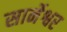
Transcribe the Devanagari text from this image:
सार्नेश्वर